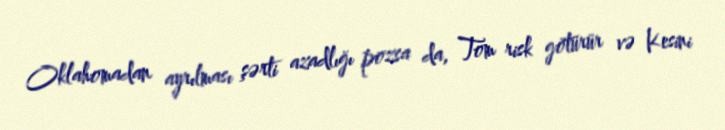
Oklahomadan ayrılması şərti azadlığı pozsa da, Tom risk götürür və Kesini